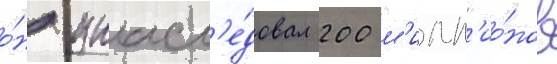
о́н унасл'е́довал 200 м'илл'ио́нов